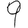
Digit: 9